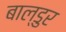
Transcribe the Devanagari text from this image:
बाल्डुर